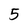
Character: 5